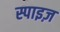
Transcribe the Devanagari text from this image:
स्पाइज़